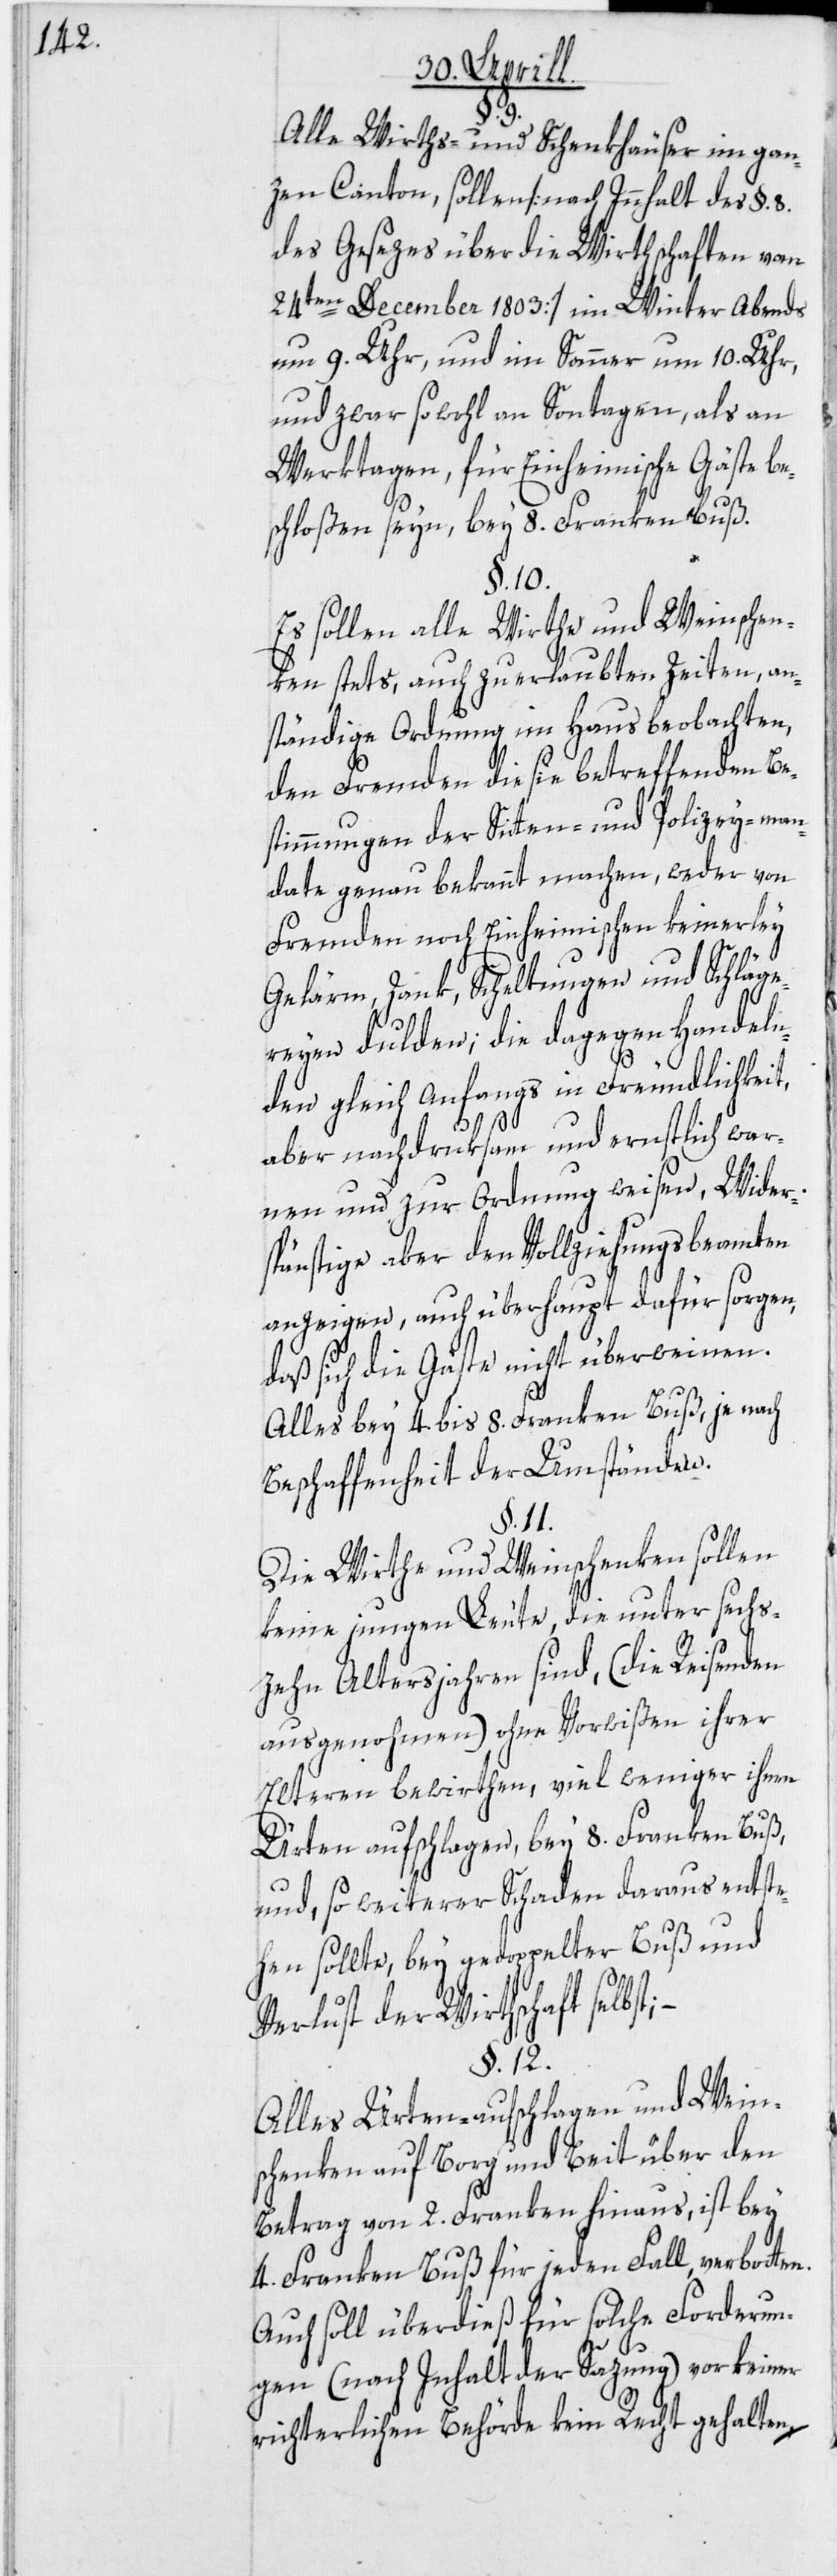
Alle Wirths- und Schenkhäuser im gan¬
zen Canton, sollen [nach Innhalt des §. 8.
des Gesezes über die Wirthschaften vom
24ten December 1803] im Winter Abends
um 9. Uhr, und im Sommer um 10. Uhr,
und zwar sowohl an Sontagen, als an
Werktagen, für Einheimische Gäste be¬
schloßen seyn, bey 8. Franken Buß.
§. 10.
Es sollen alle Wirthe und Weinschen¬
ken stets, auch zu erlaubten Zeiten, an¬
ständige Ordnung im Haus beobachten,
den Fremden die sie betreffenden Be¬
stimmungen der Sitten- und Polizey-man¬
date genau bekannt machen, weder von
Fremden noch Einheimischen keinerley
Gelärm, Zank, Scheltungen und Schläge¬
reyen dulden; die dagegen Handeln¬
den gleich Anfangs in Freundlichkeit,
aber nachdruksam und ernstlich war¬
nen und zur Ordnung weisen, Wider¬
spänstige aber den Vollziehungsbeamten
anzeigen, auch überhaupt dafür sorgen,
daß sich die Gäste nicht überweinen.
Alles bey 4. bis 8. Franken Buß, je nach
Beschaffenheit der Umständen.
§. 11.
Die Wirthe und Weinschenken sollen
keine jungen Leute, die unter sechs¬
zehn Altersjahren sind, (die Reisenden
ausgenohmen) ohne Vorwißen ihrer
Elteren bewirthen, viel weniger ihnen
Ürten aufschlagen, bey 8. Franken Buß,
und, so weiterer Schaden daraus entste¬
hen sollte, bey gedoppelter Buß und
Verlust der Wirthschaft selbst;
§. 12.
Alles Ürten-aufschlagen und Wein¬
schenken auf Borg und Beit über den
Betrag von 2. Franken hinaus, ist bey
4. Franken Buß für jeden Fall, verbotten.
Auch soll überdieß für solche Forderun¬
gen (nach Inhalt der Sazung) vor keiner
richterlichen Behörde kein Recht gehalten